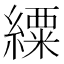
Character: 䌚